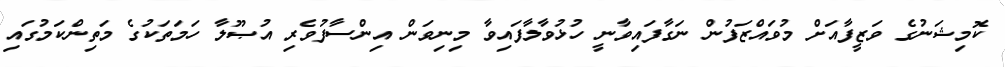
ކޮމިޝަނުގެ ވަޒީފާއަށް މުވައްޒަފުން ނަގާފައިވާނީ ހުޅުވާލާފައިވާ މިނިވަން އިންސާފުވެރި އުޞޫލާ ހަމަތަކުގެ މަތިންކަމުގައި